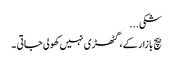
شکی...
بیچ بازار کے ، گٹھڑی نہیں کھولی جاتی ۔